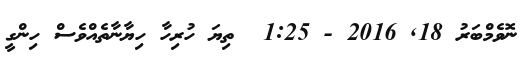
ނޮވެމްބަރު 18